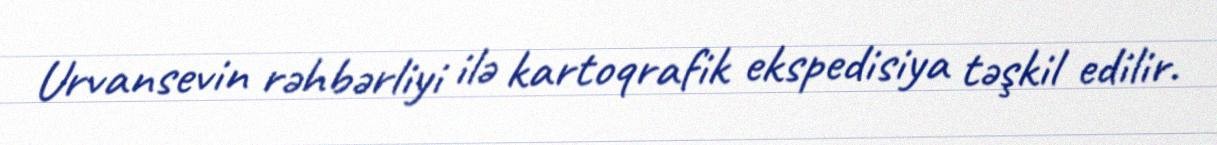
Urvansevin rəhbərliyi ilə kartoqrafik ekspedisiya təşkil edilir.